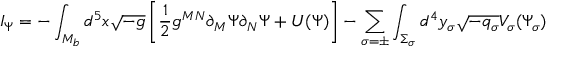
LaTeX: I _ { \Psi } = - \int _ { { \cal M } _ { b } } d ^ { 5 } x \sqrt { - g } \left[ \frac { 1 } { 2 } g ^ { M N } \partial _ { M } \Psi \partial _ { N } \Psi + U ( \Psi ) \right] - \sum _ { \sigma = \pm } \int _ { \Sigma _ { \sigma } } d ^ { 4 } y _ { \sigma } \sqrt { - q _ { \sigma } } V _ { \sigma } ( \Psi _ { \sigma } )